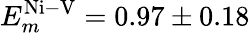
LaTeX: E_{m}^{\mathrm{Ni-V}}=0.97\pm 0.18